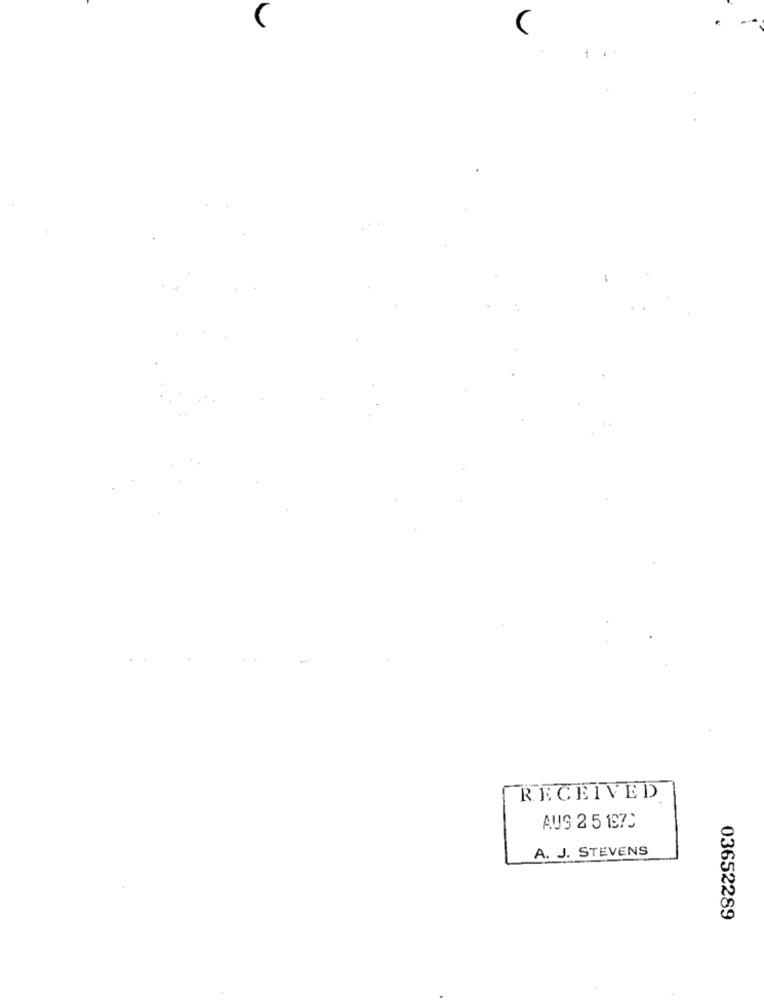
RECEIVED
AUS 2 5 1870
A. J. STEVENS
03652289